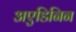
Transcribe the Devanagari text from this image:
अएडिनिन